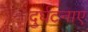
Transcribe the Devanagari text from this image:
दुर्घटनाए